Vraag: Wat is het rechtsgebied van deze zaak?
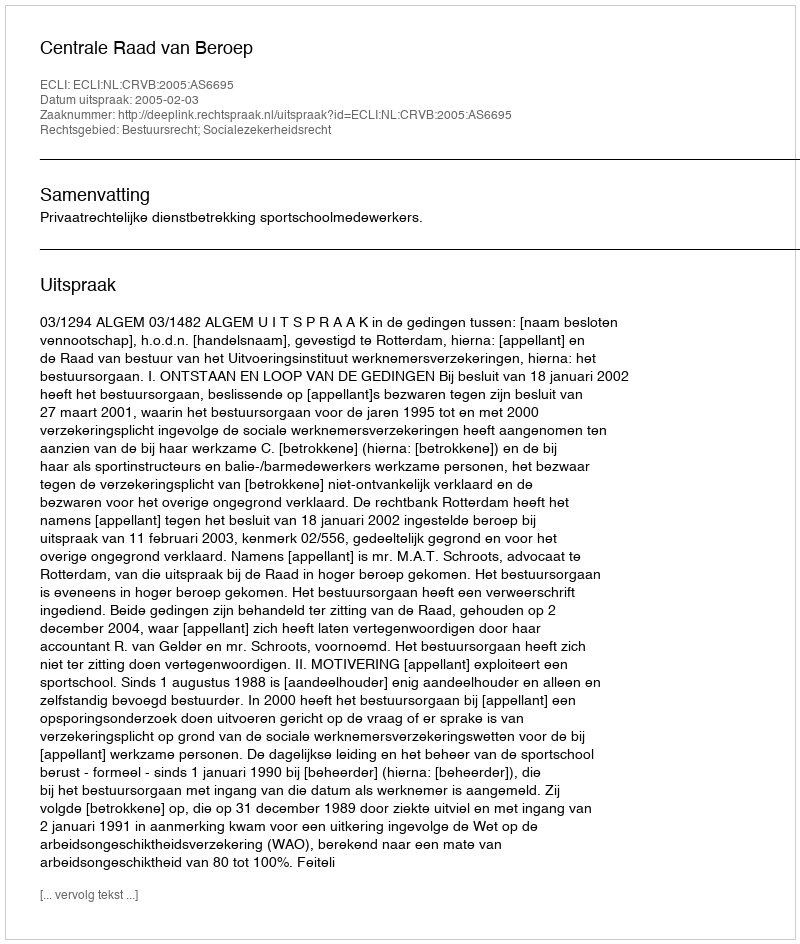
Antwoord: Bestuursrecht; Socialezekerheidsrecht